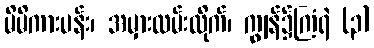
မိမိကားပန်း၊ အမှားလမ်းလိုက်၊ ကျွန်၌ကြံရဲ (၃)